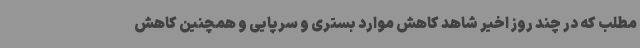
مطلب که در چند روز اخیر شاهد کاهش موارد بستری و سرپایی و همچنین کاهش